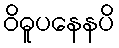
ဝိဓူပနေနပိ